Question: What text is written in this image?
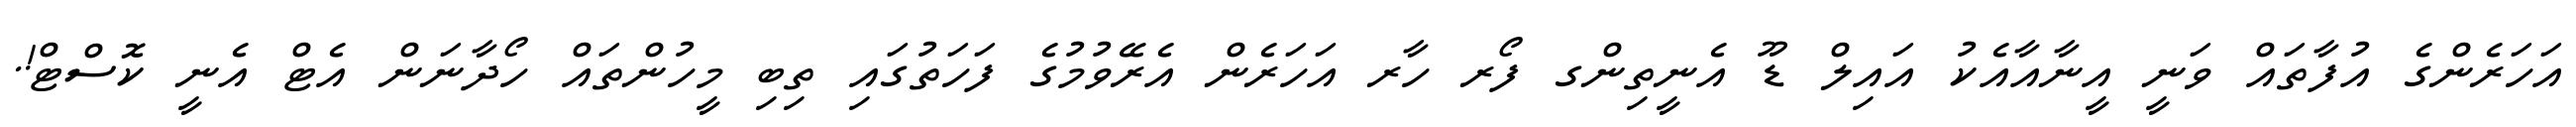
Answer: އަހަރެންގެ އުފާތައް ވަނީ އީނާއާއެކު އައިލް ޑޫ އެނީތިންގ ފޯރ ހާރ އަހަރެން އެރޭވުމުގެ ފަހަތުގައި ތިބި މީހުންތައް ހޯދާނަން އެޓް އެނީ ކޮސްޓް!.